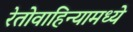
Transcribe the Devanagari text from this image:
रेतोवाहिन्यामध्ये